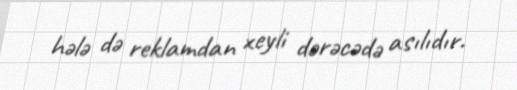
hələ də reklamdan xeyli dərəcədə asılıdır.